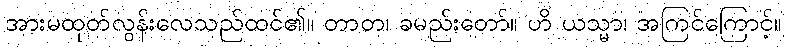
အားမထုတ်လွန်းလေသည်ထင်၏။ တာတ၊ ခမည်းတော်။ ဟိ ယသ္မာ၊ အကြင်ကြောင့်။